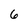
Character: 6